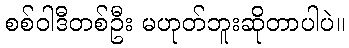
စစ်ဝါဒီတစ်ဦး မဟုတ်ဘူးဆိုတာပါပဲ။